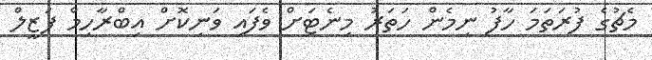
މެޗުގެ ފުރަތަމަ ހާފު ނިމެން ހަތަރު މިނެޓަށް ވެފައި ވަނިކޮށް އިބްރާހިމް ފަޒީލް